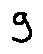
g